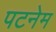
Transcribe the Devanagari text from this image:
पटनेम